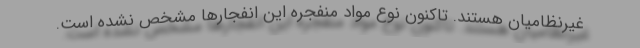
غیرنظامیان هستند. تاکنون نوع مواد منفجره این انفجارها مشخص نشده است.